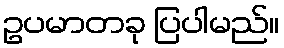
ဥပမာတခု ပြပါမည်။